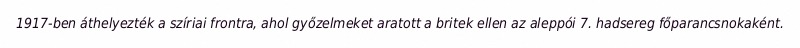
1917-ben áthelyezték a szíriai frontra, ahol győzelmeket aratott a britek ellen az aleppói 7. hadsereg főparancsnokaként.